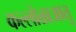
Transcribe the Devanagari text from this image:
कल्लोळाआतु